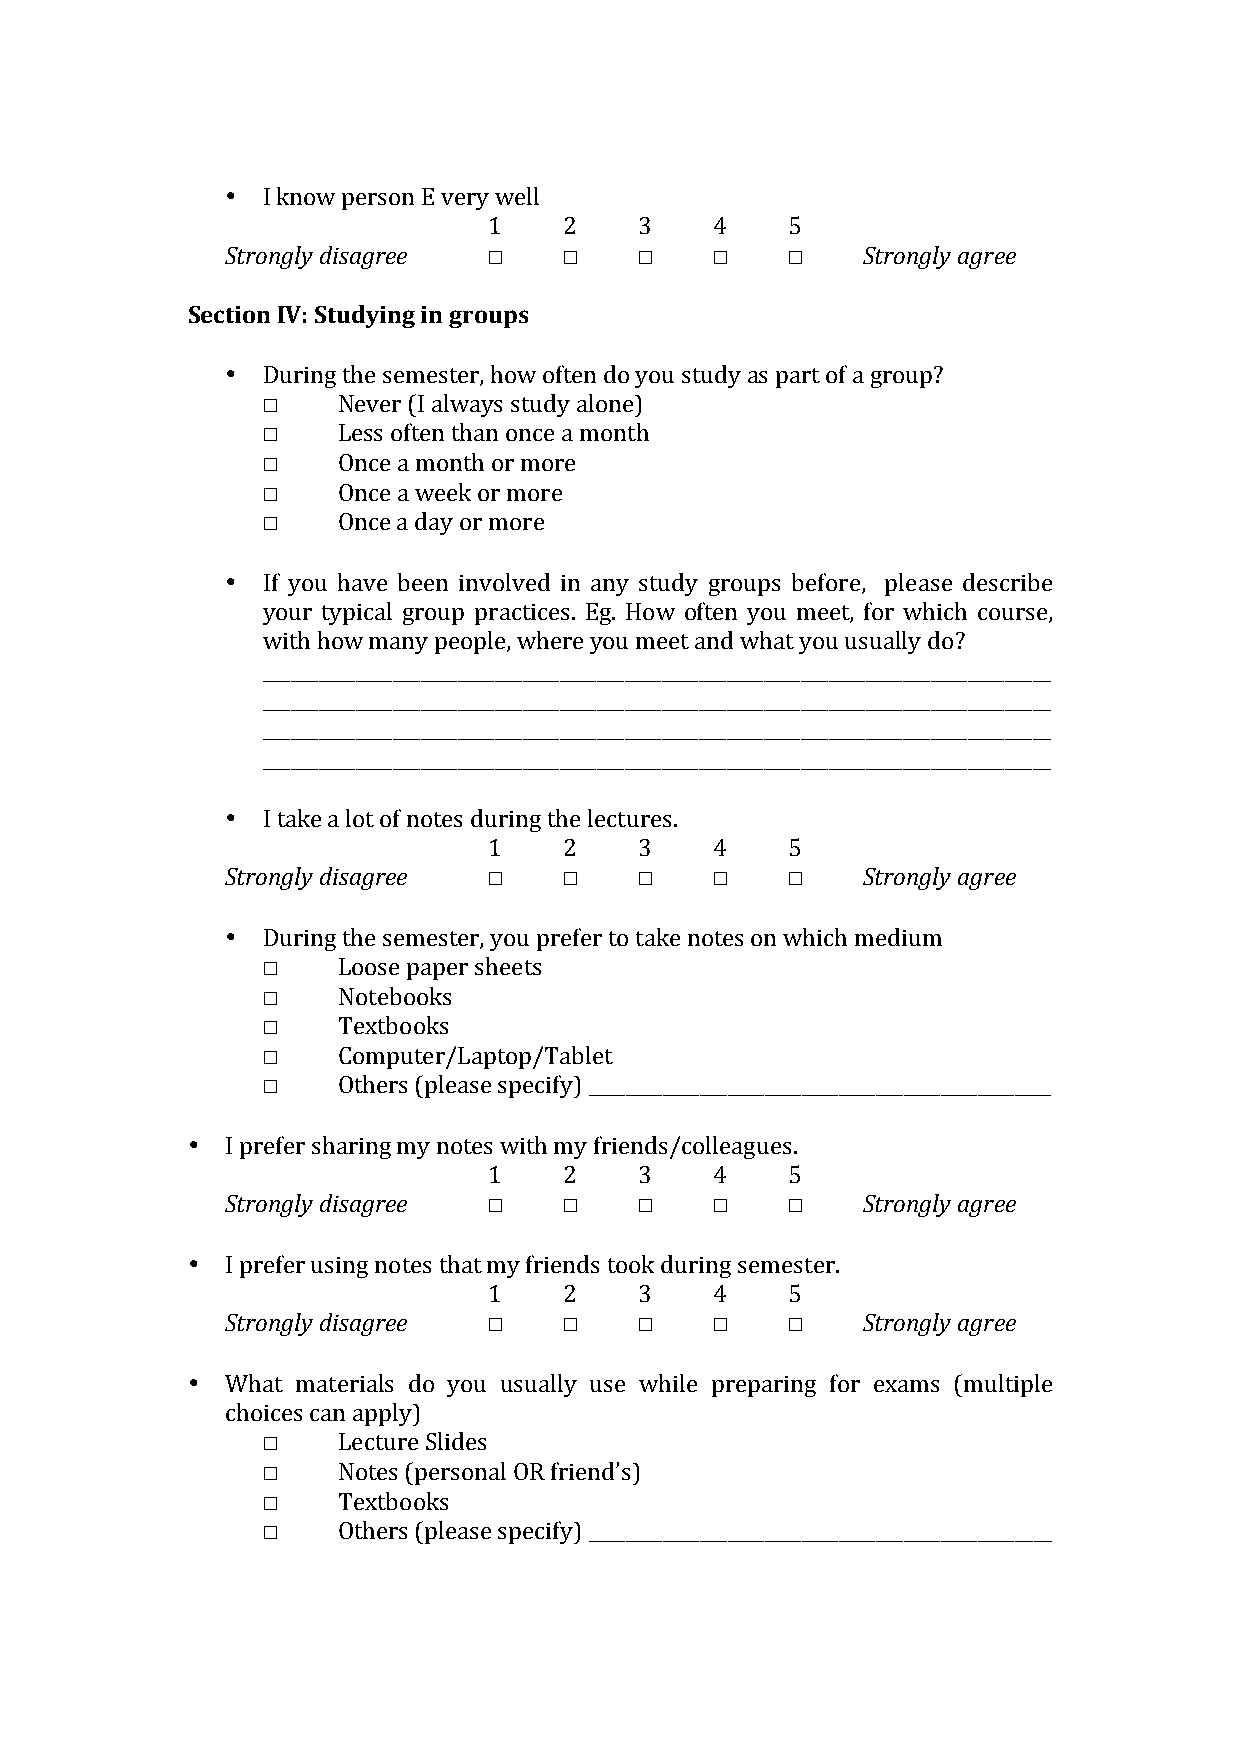
!
 • I!know!person!E!very!well!
 1!   2!   3!   4!   5!
 Strongly)disagree)) ☐ ☐    ☐    ☐    ☐    Strongly)agree)
 !
 Section(IV:(Studying(in(groups(
 (
 • During!the!semester,!how!often!do!you!study!as!part!of!a!group?!
 ☐    Never!(I!always!study!alone)!
 ☐    Less!often!than!once!a!month!
 ☐    Once!a!month!or!more!
 ☐    Once!a!week!or!more!
 ☐    Once!a!day!or!more!
 !
 • If!you!have!been!involved!in!any!study!groups!before,!!please!describe!
 your!typical!group!practices.!Eg.!How!often!you!meet,!for!which!course,!
 with!how!many!people,!where!you!meet!and!what!you!usually!do?!
 _____________________________________________________________________________________
 _____________________________________________________________________________________
 _____________________________________________________________________________________
 _____________________________________________________________________________________!
 !
 • I!take!a!lot!of!notes!during!the!lectures.!
 1!   2!   3!   4!   5!
 Strongly)disagree)) ☐ ☐    ☐    ☐    ☐    Strongly)agree)
 )
 • During!the!semester,!you!prefer!to!take!notes!on!which!medium!
 ☐    Loose!paper!sheets!
 ☐    Notebooks!
 ☐    Textbooks!
 ☐    Computer/Laptop/Tablet!
 ☐    Others!(please!specify)!__________________________________________________!
 !
 •  I!prefer!sharing!my!notes!with!my!friends/colleagues.!
 1!   2!   3!   4!   5!
 Strongly)disagree)) ☐ ☐    ☐    ☐    ☐    Strongly)agree)
 )
 •  I!prefer!using!notes!that!my!friends!took!during!semester.!
 1!   2!   3!   4!   5!
 Strongly)disagree)) ☐ ☐    ☐    ☐    ☐    Strongly)agree)
 !
 •  What! materials! do! you! usually! use! while! preparing! for! exams! (multiple!
 choices!can!apply)!
 ☐    Lecture!Slides!
 ☐    Notes!(personal!OR!friend’s)!
 ☐    Textbooks!
 ☐    Others!(please!specify)!__________________________________________________!
 !
 (